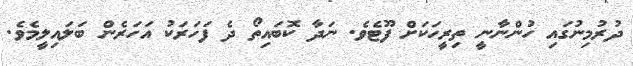
ދުރުމިނުގައި ހުންނާނީ ތިރީހަކަށް ފޫޓެވެ. ނަދާ ކޮބައިތޯ ދެ ފަހަރަކު އަހަރެން ބަލައިލީމެވެ.